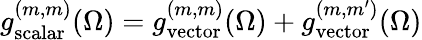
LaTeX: g_{\mathrm{scalar}}^{(m,m)}(\Omega)=g_{\mathrm{vector}}^{(m,m)}(\Omega)+g_{\mathrm{vector}}^{(m,m^{\prime})}(\Omega)